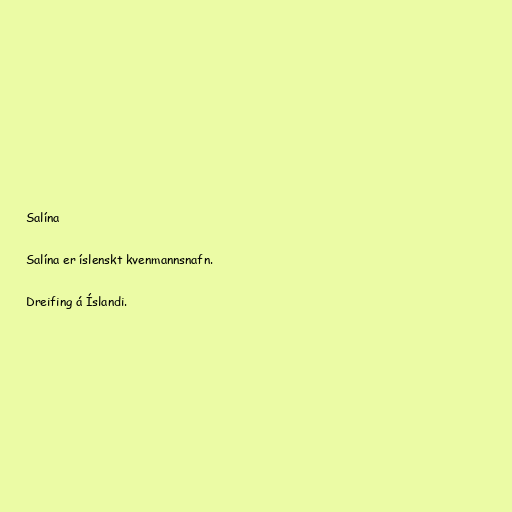
Salína

Salína er íslenskt kvenmannsnafn.

Dreifing á Íslandi.